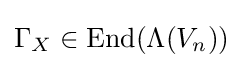
\Gamma _{X}\in \mathrm {End} (\Lambda (V_{n}))